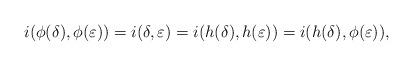
LaTeX: \begin{align*}i(\phi(\delta),\phi(\varepsilon)) = i(\delta,\varepsilon) = i(h(\delta),h(\varepsilon)) = i(h(\delta),\phi(\varepsilon)),\end{align*}